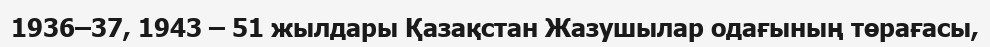
1936–37, 1943 – 51 жылдары Қазақстан Жазушылар одағының төрағасы,